Annual report on the mental hospital in the Central Provinces and Berar (Nagpur) - 1927-1951
Year: 1927
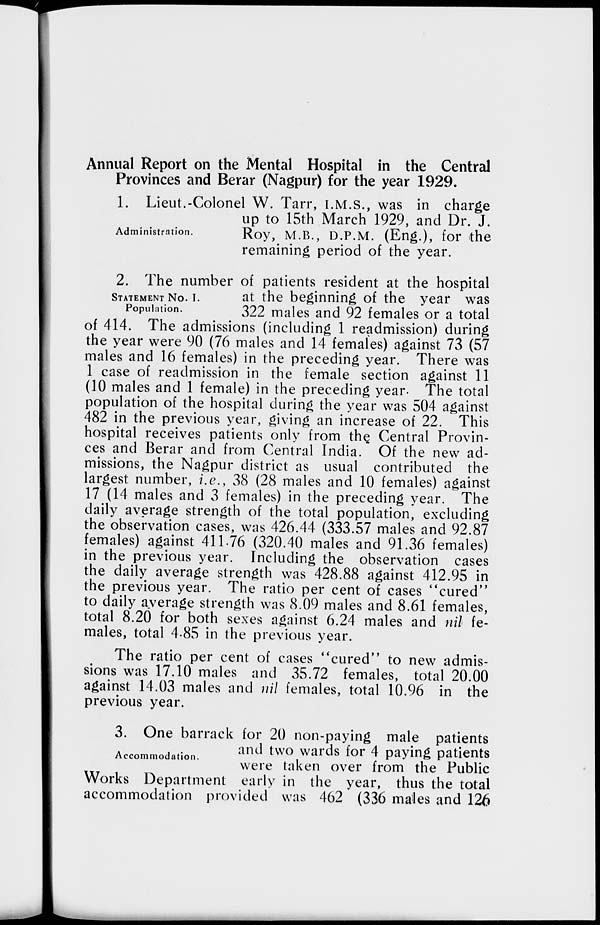
Annual Report on the Mental Hospital in the Central
Provinces and Berar (Nagpur) for the year 1929.
Administration.
1. Lieut.-Colonel W. Tarr, I.M.S., was in charge
up to 15th March 1929, and Dr. J.
Roy, M.B., D.P.M. (Eng.), for the
remaining period of the year.
STATEMENT No. I.
Population.
2. The number of patients resident at the hospital
at the beginning of the year was
322 males and 92 females or a total
of 414. The admissions (including 1 readmission) during
the year were 90 (76 males and 14 females) against 73 (57
males and 16 females) in the preceding year. There was
1 case of readmission in the female section against 11
(10 males and 1 female) in the preceding year. The total
population of the hospital during the year was 504 against
482 in the previous year, giving an increase of 22. This
hospital receives patients only from the Central Provin-
ces and Berar and from Central India. Of the new ad-
missions, the Nagpur district as usual contributed the
largest number, i.e., 38 (28 males and 10 females) against
17 (14 males and 3 females) in the preceding year. The
daily average strength of the total population, excluding
the observation cases, was 426.44 (333.57 males and 92.87
females) against 411.76 (320.40 males and 91.36 females)
in the previous year. Including the observation cases
the daily average strength was 428.88 against 412.95 in
the previous year. The ratio per cent of cases "cured"
to daily average strength was 8.09 males and 8.61 females,
total 8.20 for both sexes against 6.24 males and nil fe-
males, total 4.85 in the previous year.
The ratio per cent of cases "cured" to new admis-
sions was 17.10 males and 35.72 females, total 20.00
against 14.03 males and nil females, total 10.96 in the
previous year.
Accommodation.
3. One barrack for 20 non-paying male patients
and two wards for 4 paying patients
were taken over from the Public
Works Department early in the year, thus the total
accommodation provided was 462 (336 males and 126